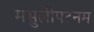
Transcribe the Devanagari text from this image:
मसुलीपटनम